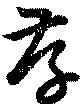
存